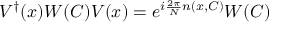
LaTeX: V ^ { \dagger } ( x ) W ( C ) V ( x ) = e ^ { i { \frac { 2 \pi } { N } } n ( x , C ) } W ( C )